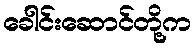
ခေါင်းဆောင်တို့က